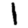
Digit: 1